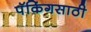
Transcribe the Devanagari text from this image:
पॅकिंगसाठी